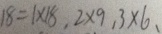
1 8 = 1 \times 1 8 , 2 \times 9 , 3 \times 6 ,